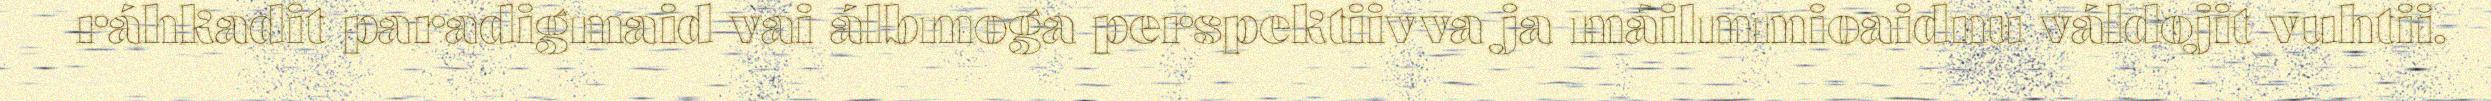
ráhkadit paradigmaid vai álbmoga perspektiivva ja máilmmioaidnu váldojit vuhtii.